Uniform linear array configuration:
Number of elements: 4
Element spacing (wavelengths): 1
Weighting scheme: hann
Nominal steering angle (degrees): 30
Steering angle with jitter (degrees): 31.837
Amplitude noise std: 0.05
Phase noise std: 0.05

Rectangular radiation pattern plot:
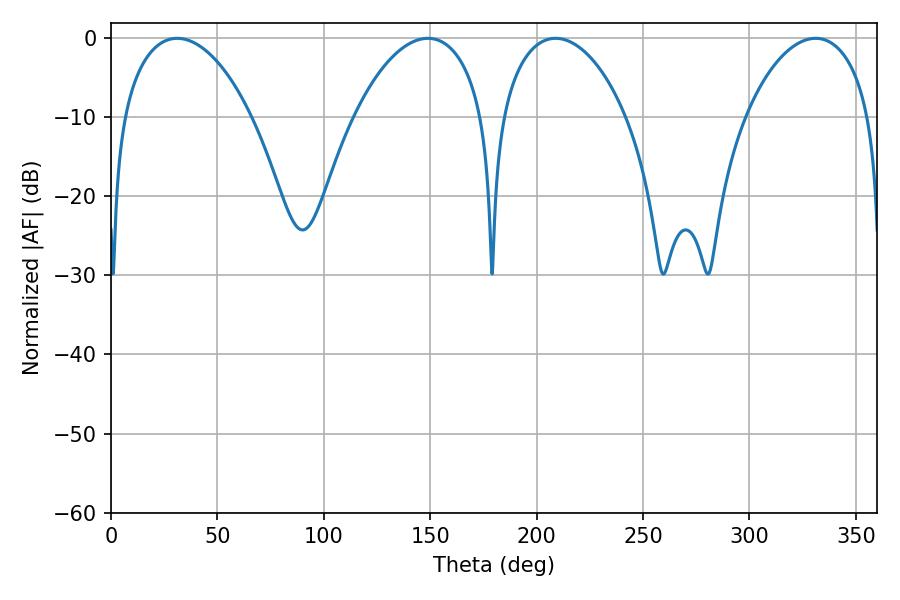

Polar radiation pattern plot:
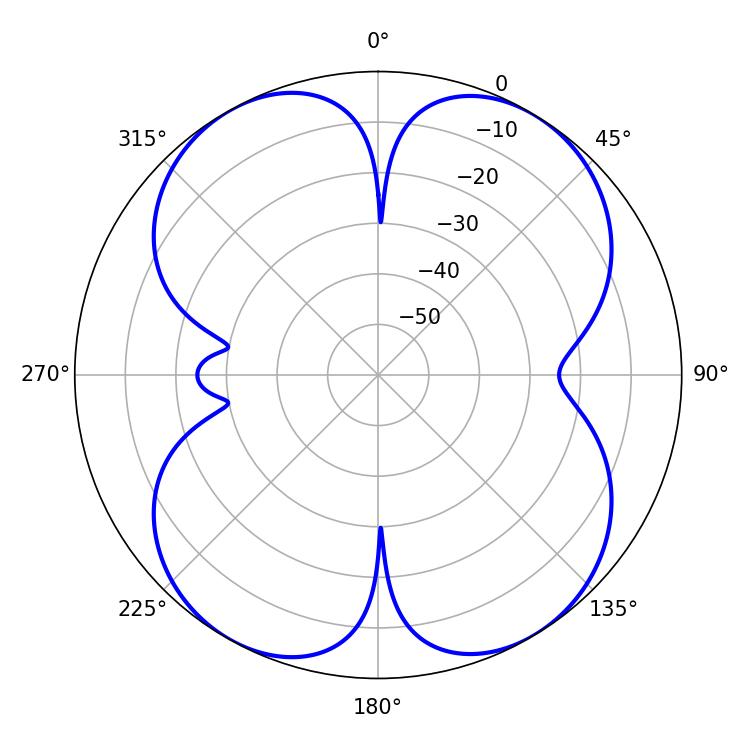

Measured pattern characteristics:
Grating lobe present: TRUE
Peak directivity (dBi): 14.587
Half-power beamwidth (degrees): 34.56
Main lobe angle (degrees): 31.14